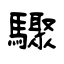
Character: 驟